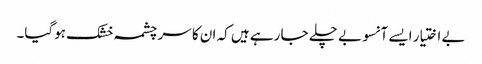
بے اختیار ایسے آنسو بے چلے جا رہے ہیں کہ ان کا سر چشمہ خشک ہوگیا۔